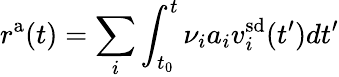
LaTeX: r^{\mathrm{a}}(t)=\sum_{i}\int_{t_{0}}^{t}\nu_{i}a_{i}v_{i}^{\mathrm{sd}}(t^{\prime})dt^{\prime}